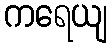
ကရေယျ